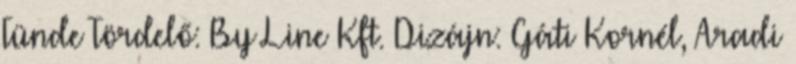
Tünde Tördelő: By Line Kft. Dizájn: Gáti Kornél, Aradi